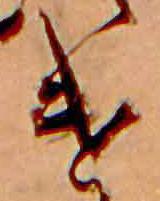
け